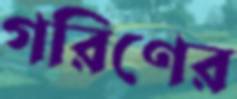
গরিণের